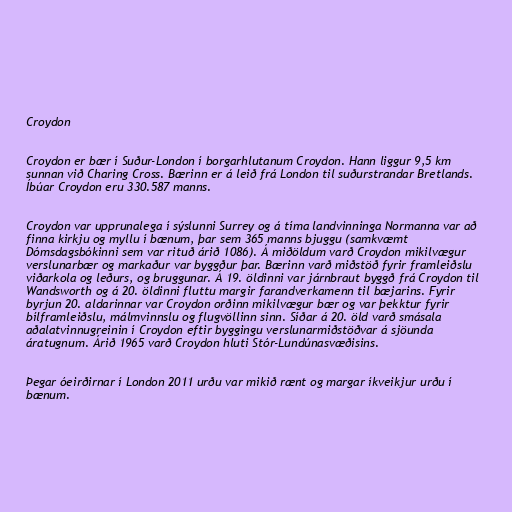
Croydon

Croydon er bær í Suður-London í borgarhlutanum Croydon. Hann liggur 9,5 km
sunnan við Charing Cross. Bærinn er á leið frá London til suðurstrandar Bretlands.
Íbúar Croydon eru 330.587 manns.

Croydon var upprunalega í sýslunni Surrey og á tíma landvinninga Normanna var að
finna kirkju og myllu í bænum, þar sem 365 manns bjuggu (samkvæmt
Dómsdagsbókinni sem var rituð árið 1086). Á miðöldum varð Croydon mikilvægur
verslunarbær og markaður var byggður þar. Bærinn varð miðstöð fyrir framleiðslu
viðarkola og leðurs, og bruggunar. Á 19. öldinni var járnbraut byggð frá Croydon til
Wandsworth og á 20. öldinni fluttu margir farandverkamenn til bæjarins. Fyrir
byrjun 20. aldarinnar var Croydon orðinn mikilvægur bær og var þekktur fyrir
bílframleiðslu, málmvinnslu og flugvöllinn sinn. Síðar á 20. öld varð smásala
aðalatvinnugreinin í Croydon eftir byggingu verslunarmiðstöðvar á sjöunda
áratugnum. Árið 1965 varð Croydon hluti Stór-Lundúnasvæðisins.

Þegar óeirðirnar í London 2011 urðu var mikið rænt og margar íkveikjur urðu í
bænum.